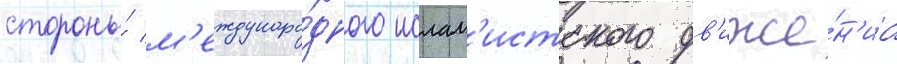
стороны́ м'еждунаро́дного ислам'истского дв'иже́н'иа